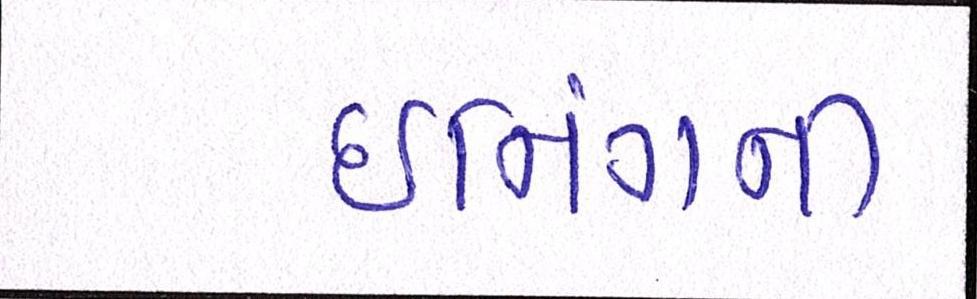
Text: ઈનિંગની